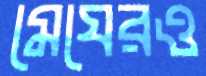
মেঘেরও